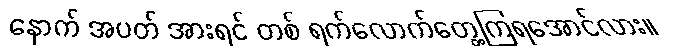
နောက် အပတ် အားရင် တစ် ရက်လောက်တွေ့ကြရအောင်လား။